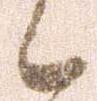
候